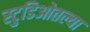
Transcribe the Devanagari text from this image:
स्टुडिओतल्या